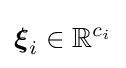
{\boldsymbol {\xi }}_{i}\in \mathbb {R} ^{c_{i}}